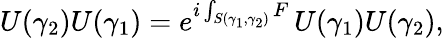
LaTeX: U(\gamma_{2})U(\gamma_{1})=e^{i\int_{S(\gamma_{1},\gamma_{2})}F}\, U(\gamma_{1})U(\gamma_{2}),